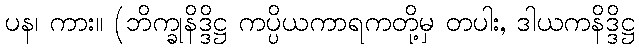
ပန၊ ကား။ (ဘိက္ခုနိဒ္ဒိဋ္ဌ ကပ္ပိယကာရကတို့မှ တပါး, ဒါယကနိဒ္ဒိဋ္ဌ